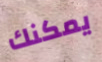
يمكنك